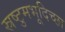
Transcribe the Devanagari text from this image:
स्रष्टुमभूदिच्छा